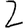
Digit: 2